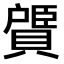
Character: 𫎠